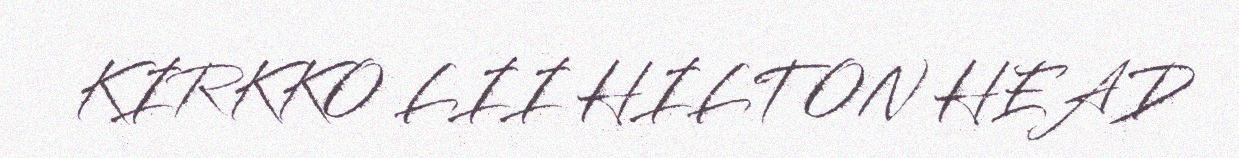
KIRKKO LII HILTON HEAD